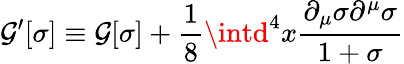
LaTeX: \mathcal{G}^{\prime}[\sigma]\equiv\mathcal{G}[\sigma]+\frac{{1}}{{8}}\intd^{4}x\frac{{\partial_{\mu}\sigma\partial^{\mu}\sigma}}{{1+\sigma}}